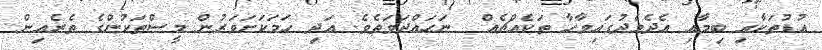
އުޑުތަކާއި ބިމާއި އެދެމެދުގައިވާހާ ތަކެއްޗެއް  ނަހައްދަވަތެވެ. އަދި ހަމަކަށަވަރުން މީސްތަކުންގެ ތެރެއިން